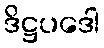
ဒိဋ္ဌပဒေါ